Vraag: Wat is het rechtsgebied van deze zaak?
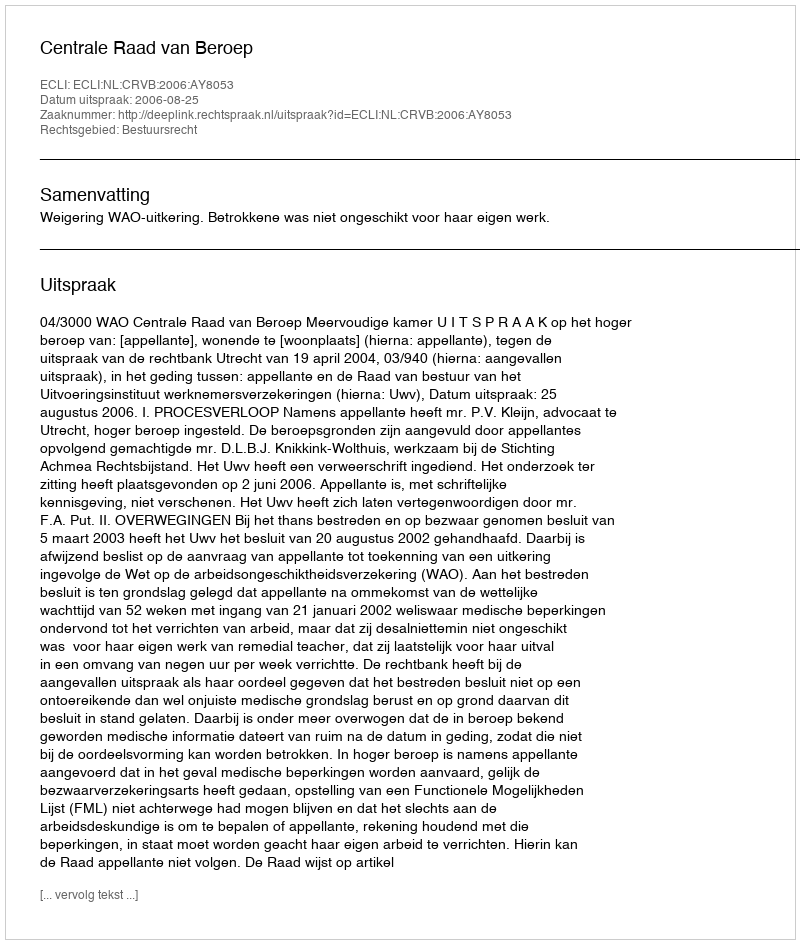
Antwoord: Bestuursrecht